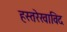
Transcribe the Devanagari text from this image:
हस्तरेखाविद